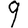
Digit: 9